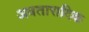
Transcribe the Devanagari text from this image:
अवतारादिक